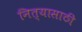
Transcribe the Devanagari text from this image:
नित्यासाठी